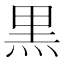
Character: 黒